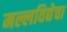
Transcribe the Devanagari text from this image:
मल्लविद्येचा